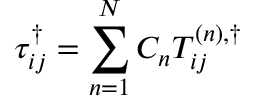
\tau _ { i j } ^ { \dag } = \sum _ { n = 1 } ^ { N } { { C _ { n } } T _ { i j } ^ { \left( n \right) , \dag } }